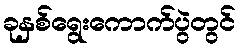
ခုနှစ်ရွေးကောက်ပွဲတွင်